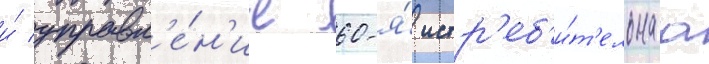
и́ управл'е́н'ие 60-я́ истр'еб'и́т'ельнаа